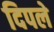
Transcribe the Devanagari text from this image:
दिपले